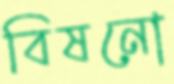
বিষনো